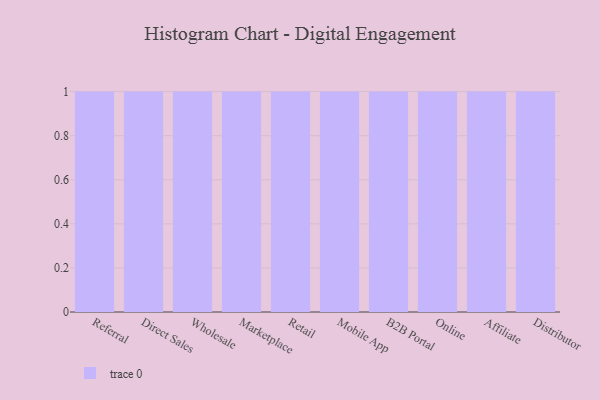
{"axis": {"x": "Channel", "y": "Demand Index"}, "legend": [""], "data": [{"x": "Referral", "y": 42, "type": ""}, {"x": "Direct Sales", "y": 64, "type": ""}, {"x": "Wholesale", "y": 19, "type": ""}, {"x": "Marketplace", "y": 98, "type": ""}, {"x": "Retail", "y": 87, "type": ""}, {"x": "Mobile App", "y": 37, "type": ""}, {"x": "B2B Portal", "y": 9, "type": ""}, {"x": "Online", "y": 58, "type": ""}, {"x": "Affiliate", "y": 83, "type": ""}, {"x": "Distributor", "y": 95, "type": ""}]}